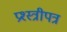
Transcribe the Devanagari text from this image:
प्रश्स्त्रीपत्र